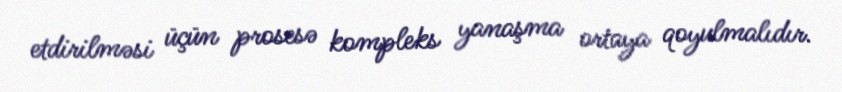
etdirilməsi üçün prosesə kompleks yanaşma ortaya qoyulmalıdır.